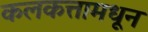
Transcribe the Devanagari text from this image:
कलकत्तामधून